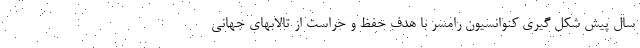
سال پیش شکل گیری کنوانسیون رامسر با هدف حفظ و حراست از تالابهای جهانی